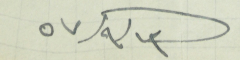
١٣ /٩ /٥٧